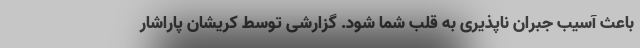
باعث آسیب جبران ناپذیری به قلب شما شود. گزارشی توسط کریشان پاراشار